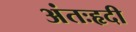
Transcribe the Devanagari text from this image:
अंतःहृदी